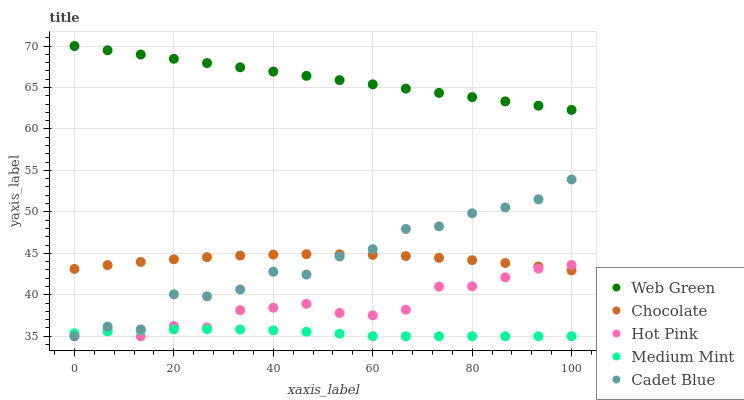
| xaxis_label | Web Green | Chocolate | Hot Pink | Medium Mint | Cadet Blue |
 | --- | --- | --- | --- | --- | --- |
 | 0 | 70 | 43.1 | 35 | 35.4 | 35 |
 | 6.67 | 69.5 | 43.6 | 35.8 | 35.6 | 36.2 |
 | 13.3 | 69 | 44 | 35 | 35.7 | 35.8 |
 | 20 | 68.5 | 44.3 | 36.2 | 35.8 | 40.1 |
 | 26.7 | 67.9 | 44.5 | 36.1 | 35.9 | 39.8 |
 | 33.3 | 67.4 | 44.7 | 38.1 | 35.8 | 40.6 |
 | 40 | 66.9 | 44.8 | 38.4 | 35.7 | 42.8 |
 | 46.7 | 66.4 | 44.9 | 38.9 | 35.5 | 42.4 |
 | 53.3 | 65.9 | 44.9 | 37.8 | 35.3 | 44.6 |
 | 60 | 65.4 | 44.8 | 37.5 | 35 | 45.5 |
 | 66.7 | 64.9 | 44.7 | 38.2 | 35 | 47.9 |
 | 73.3 | 64.3 | 44.5 | 41 | 35 | 48.3 |
 | 80 | 63.8 | 44.2 | 41 | 35 | 49.8 |
 | 86.7 | 63.3 | 43.8 | 42.1 | 35 | 50.5 |
 | 93.3 | 62.8 | 43.4 | 43.1 | 35 | 51.5 |
 | 100 | 62.3 | 42.9 | 43.6 | 35 | 53.9 |